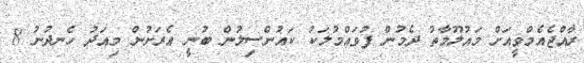
ރާއްޖެއެމްވީއަށް މައުލޫމާތު ދެމުން ފުވައްމުލަކު ކައުންސިލުން ބުނީ އެރަށުން މިއަދު ހެނދުނު 8